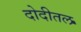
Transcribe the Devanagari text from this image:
दोदीतल